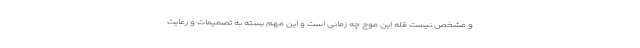
و مشخص نیست قله این موج چه زمانی است و این مهم بسته به تصمیمات و رعایت